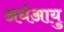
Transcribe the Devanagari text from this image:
अर्धआयु